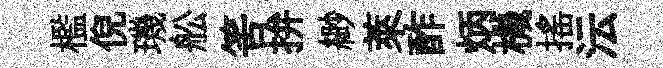
檻倪璣舩筈拚緲萊酢炳機搖沄